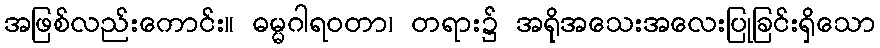
အဖြစ်လည်းကောင်း။ ဓမ္မဂါရဝတာ၊ တရား၌ အရိုအသေးအလေးပြုခြင်းရှိသော